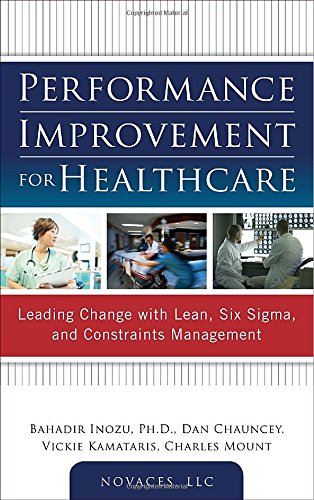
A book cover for Performance Improvement for Healthcare: Leading Change with Lean, Six Sigma, and Constraints Management; Bahadir Inozu; Medical Books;